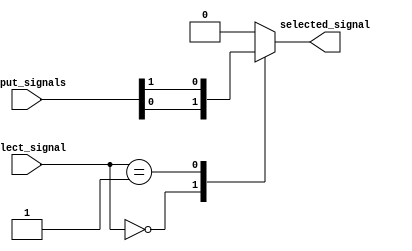
module mux_64to1 (
    input [63:0] input_signals,
    input [5:0] select_signal,
    output reg selected_signal
);

always @ (*)
begin
    case (select_signal)
        6'b000000: selected_signal = input_signals[0];
        6'b000001: selected_signal = input_signals[1];
        // Repeat for all 64 input signals
        // Example: 
        // 6'b111110: selected_signal = input_signals[62];
        // 6'b111111: selected_signal = input_signals[63];
        default: selected_signal = 0; // Default output value
    endcase
end

endmodule